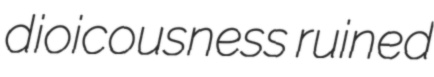
dioicousness ruined